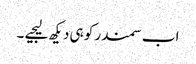
اب سمندر کو ہی دیکھ لیجیے ۔